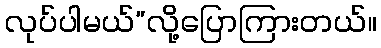
လုပ်ပါမယ်”လို့ပြောကြားတယ်။